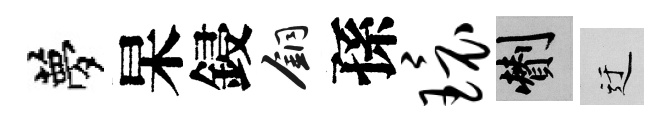
夢杲鋟銅孫环剪迂